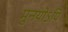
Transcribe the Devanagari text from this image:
मुनयोऽपि